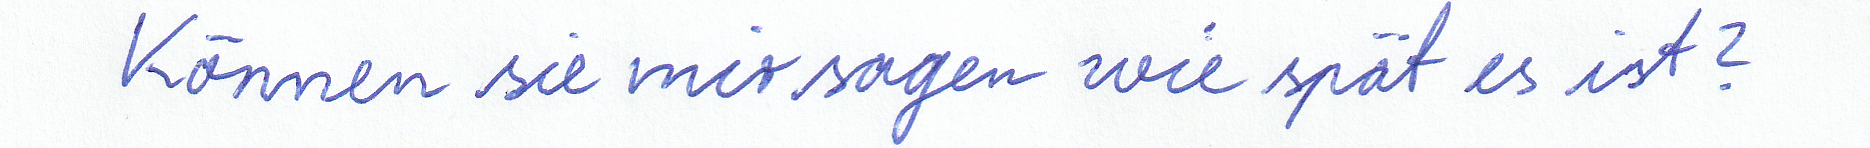
Können sie mir sagen wie spät es ist?